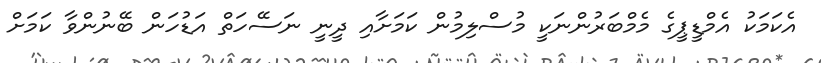
އެކަމަކު އެމްޑީޕީގެ މެމްބަރުންނަކީ މުސްލިމުން ކަމަށާއި ދީނީ ނަސޭހަތް އަޑުހަން ބޭނުންވާ ކަމަށް